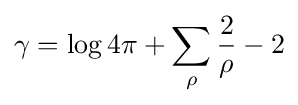
\gamma =\log 4\pi +\sum _{\rho }{\frac {2}{\rho }}-2